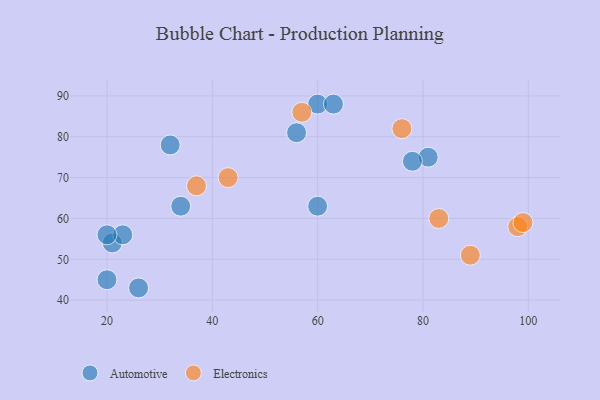
{"axis": {"x": "GDP", "y": "Life Expectancy"}, "legend": ["Automotive", "Electronics"], "data": [{"x": "60", "y": 63, "type": "Automotive"}, {"x": "60", "y": 88, "type": "Automotive"}, {"x": "21", "y": 54, "type": "Automotive"}, {"x": "81", "y": 75, "type": "Automotive"}, {"x": "56", "y": 81, "type": "Automotive"}, {"x": "26", "y": 43, "type": "Automotive"}, {"x": "23", "y": 56, "type": "Automotive"}, {"x": "20", "y": 56, "type": "Automotive"}, {"x": "63", "y": 88, "type": "Automotive"}, {"x": "20", "y": 45, "type": "Automotive"}, {"x": "34", "y": 63, "type": "Automotive"}, {"x": "78", "y": 74, "type": "Automotive"}, {"x": "32", "y": 78, "type": "Automotive"}, {"x": "83", "y": 60, "type": "Electronics"}, {"x": "43", "y": 70, "type": "Electronics"}, {"x": "37", "y": 68, "type": "Electronics"}, {"x": "57", "y": 86, "type": "Electronics"}, {"x": "98", "y": 58, "type": "Electronics"}, {"x": "89", "y": 51, "type": "Electronics"}, {"x": "76", "y": 82, "type": "Electronics"}, {"x": "99", "y": 59, "type": "Electronics"}]}